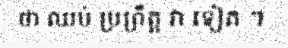
ថា ឈប់ ប្រព្រឹត្ត វា ទៀត ។